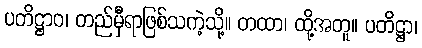
ပတိဋ္ဌာဝ၊ တည်မှီရာဖြစ်သကဲ့သို့။ တထာ၊ ထို့အတူ။ ပတိဋ္ဌာ၊